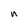
Character: n